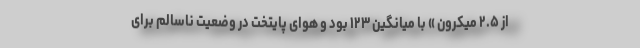
از ۲.۵ میکرون » با میانگین ۱۲۳ بود و هوای پایتخت در وضعیت ناسالم برای